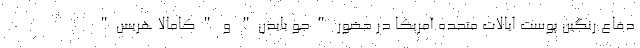
دفاع رنگین پوست ایالات متحده آمریکا در حضور "جو بایدن" و "کامالا هریس"